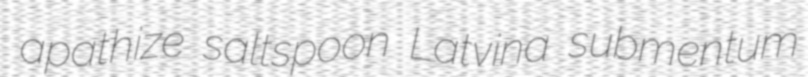
apathize saltspoon Latvina submentum